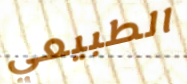
الطبيعي